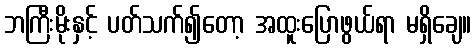
ဘကြီးမိုးနှင့် ပတ်သက်၍တော့ အထူးပြောဖွယ်ရာ မရှိချေ။